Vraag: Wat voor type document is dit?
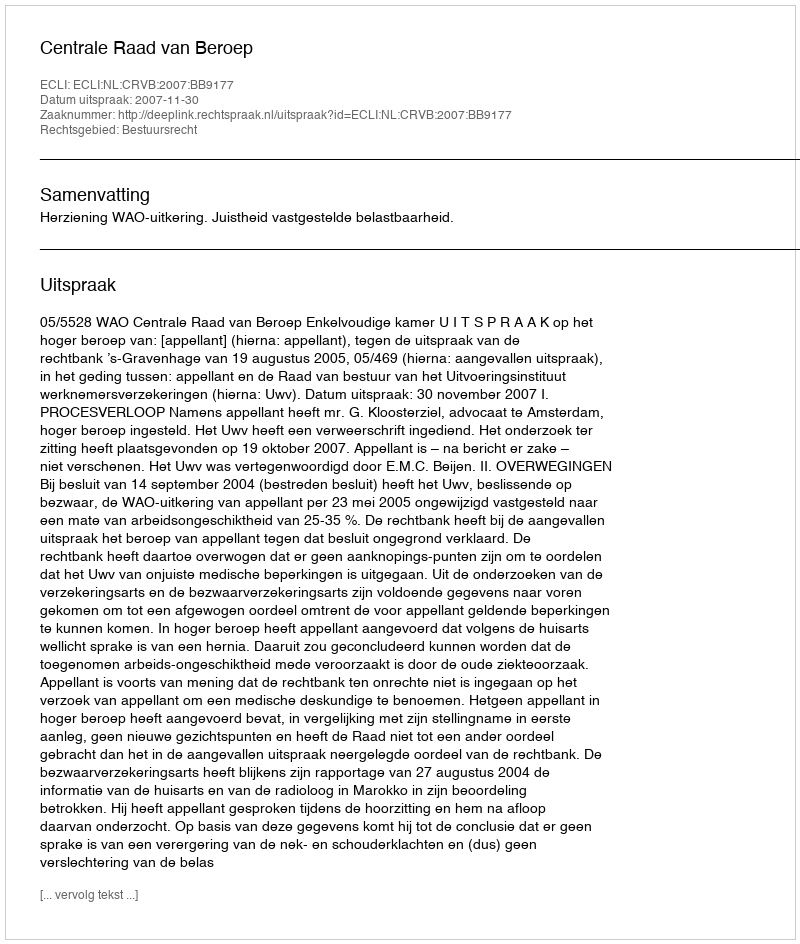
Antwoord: Uitspraak